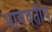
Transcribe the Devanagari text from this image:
भागवतीय